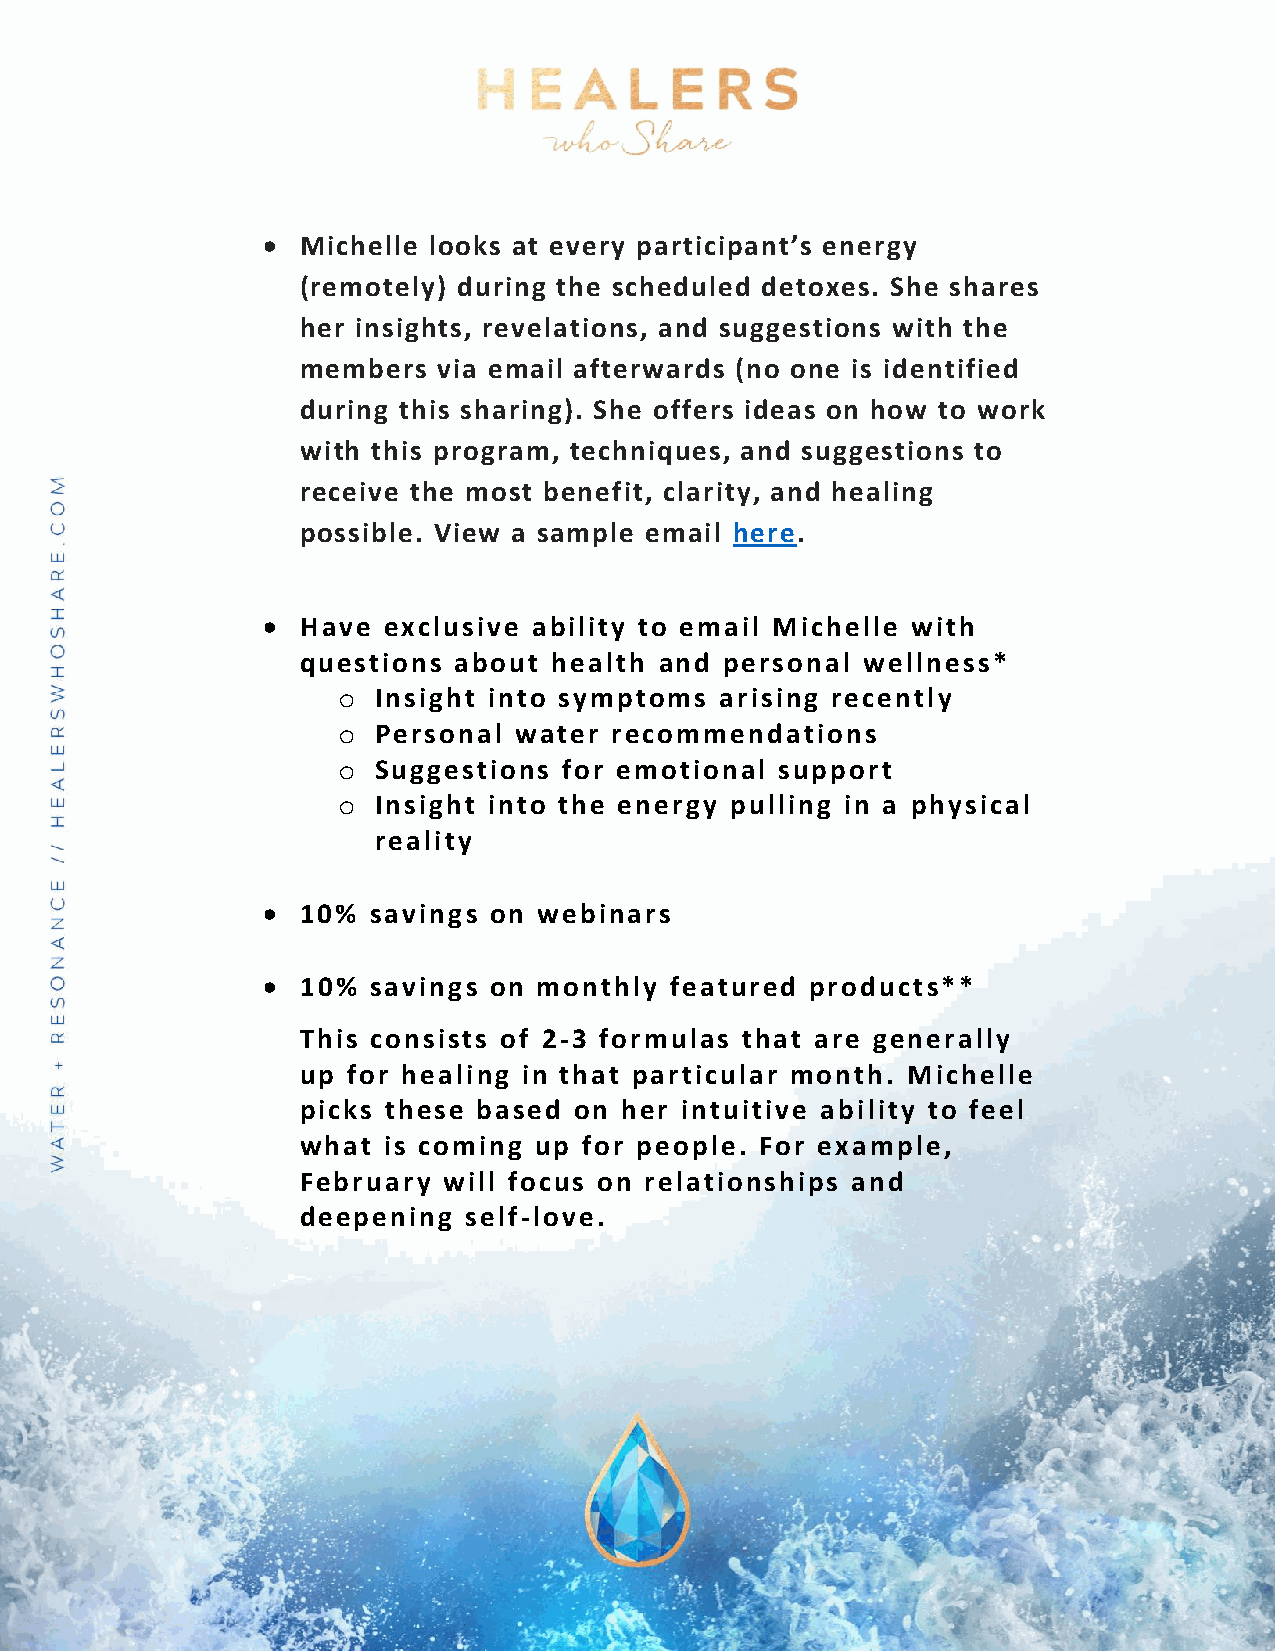
•  Michelle looks at every participant’s energy
 (remotely) during the scheduled detoxes. She shares
 her insights, revelations, and suggestions with the
 members  via email afterwards (no one is identified
 during this sharing). She offers ideas on how to work
 with this program, techniques, and suggestions to
 receive the most benefit, clarity, and healing
 possible. View a sample email here.
 •  Have exclusive ability to email Michelle with
 questions about  health and personal wellness*
 o  Insight into symptoms  arising recently
 o  Personal water  recommendations
 o  Suggestions for emotional  support
 o  Insight into the energy pulling in a physical
 reality
 •  10% savings on  webinars
 •  10% savings on  monthly featured  products**
 This consists of 2-3 formulas that are generally
 up for healing in that particular month. Michelle
 picks these based on her intuitive ability to feel
 what is coming up  for people. For example,
 February will focus on relationships and
 deepening  self-love.